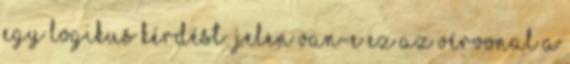
egy logikus kérdést: jelen van-e ez az vérvonal a